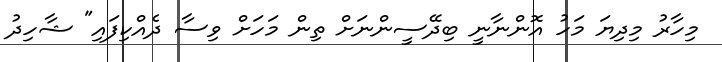
މިހާރު މިދިޔަ މަހު އޮންނާނީ ބިދޭސީންނަށް ތިން މަހަށް ވިސާ ދެއްކިފައި" ޝާހިދު